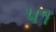
પ૧